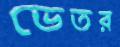
ভেতর